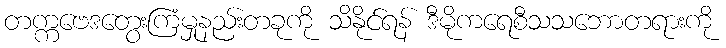
တက္ကဗေဒတွေးကြံမှုနည်းတခုကို သိနိုင်ရန် ဒီမိုကရေစီသသဘောတရားကို